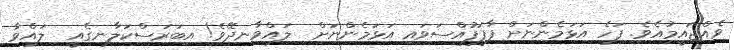
ވެއްޖައީމުއެވެ. ފަހެ އަޅަމެންނަށް ފާފަފުއްސަވައި އަޅަމެންނަށް  ލައްވާނދޭވެ! އިބަރަސްކަލާނގެއީ  ލައްވާ